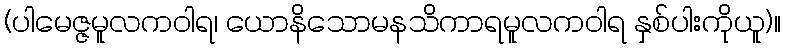
(ပါမေဇ္ဇမူလကဝါရ၊ ယောနိသောမနသိကာရမူလကဝါရ နှစ်ပါးကိုယူ)။